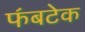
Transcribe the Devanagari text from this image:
फ॔बटेक